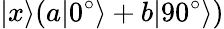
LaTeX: |x\rangle(a|0^{\circ}\rangle+b|90^{\circ}\rangle)